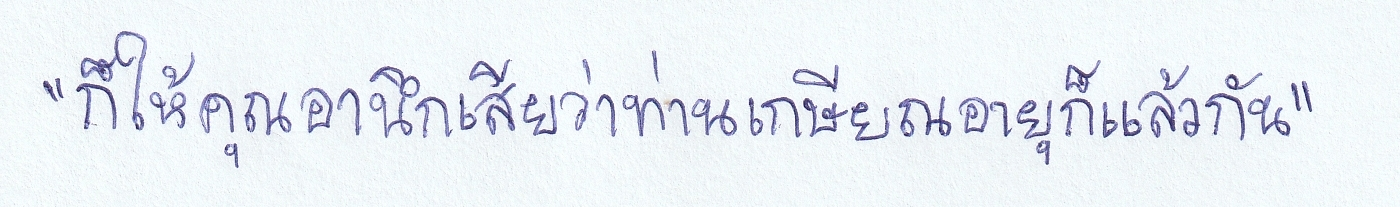
"ก็ให้คุณอานึกเสียว่าท่านเกษียณอายุก็แล้วกัน"